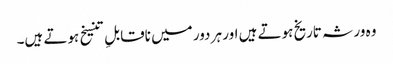
وہ ورثہ تاریخ ہوتے ہیں اور ہر دور میں ناقابلِ تنسیخ ہوتے ہیں۔